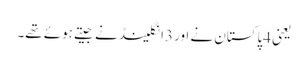
یعنی 4پاکستان نے اور 3انگلینڈ نے جیتے ہوئے تھے۔